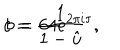
c = \frac { 1 } { 1 - \hat { u } } ~ ~ , \hspace { 1 c m } b = 6 4 e ^ { 2 \pi i \tau } .